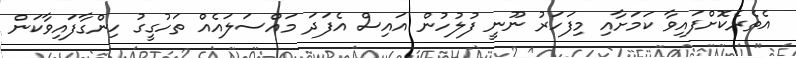
އެތެރެކޮށްފައިވާ ކަމަށާއި މިފަހަރު ނޫނީ ފުލުހުން އައިސް އެފަދަ މައްސަލައެއް ތަހުގީގު ހިންގާފައިވާކަން